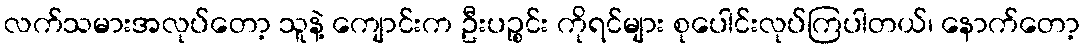
လက်သမားအလုပ်တော့ သူနဲ့ ကျောင်းက ဦးပဉ္စင်း ကိုရင်များ စုပေါင်းလုပ်ကြပါတယ်၊ နောက်တော့